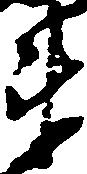
衛